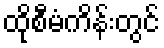
ထိုစီမံကိန်းတွင်